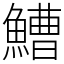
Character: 鰽